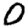
Digit: 0